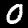
Label: 0